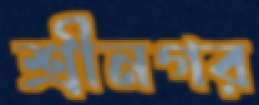
শ্রীনগর